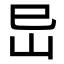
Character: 𡵒